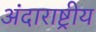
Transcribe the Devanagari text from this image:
अंदाराष्ट्रीय